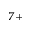
^ { 7 + }